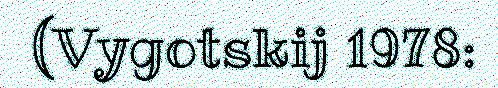
(Vygotskij 1978: